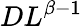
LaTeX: DL^{\beta-1}